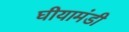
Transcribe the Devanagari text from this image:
घीयामंडी